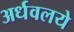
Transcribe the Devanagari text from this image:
अर्धवलये